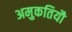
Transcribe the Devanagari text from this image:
अमुकतियौ